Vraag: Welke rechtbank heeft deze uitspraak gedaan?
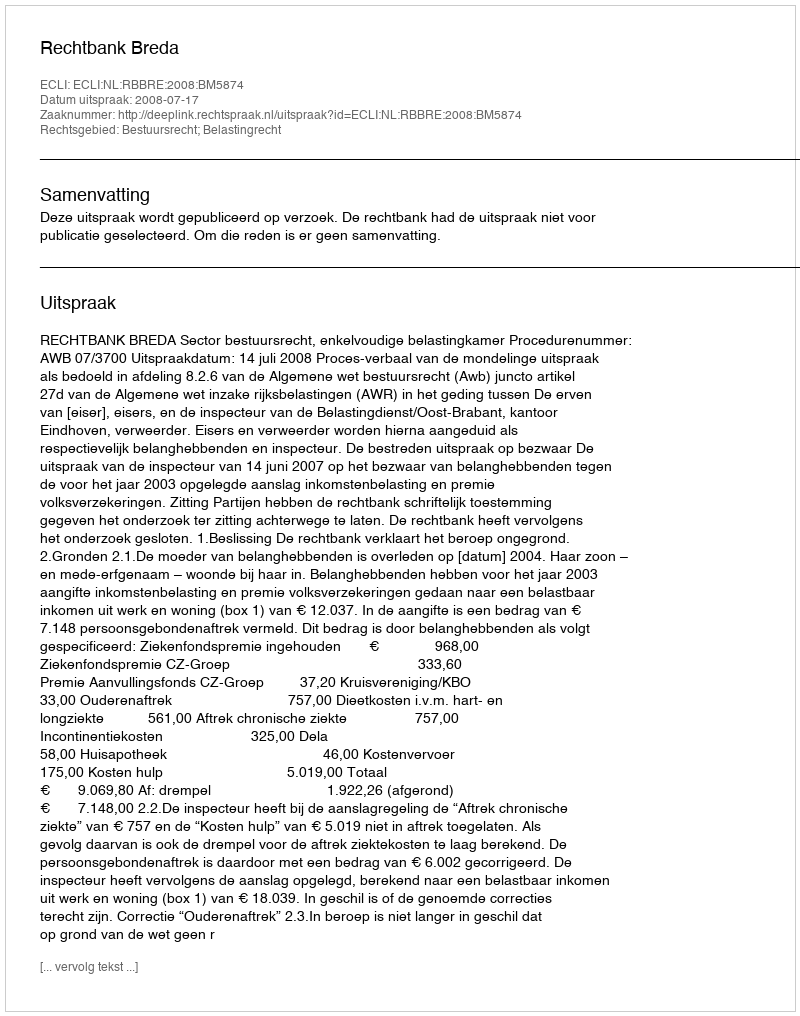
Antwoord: Rechtbank Breda